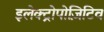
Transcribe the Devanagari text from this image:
इलेक्ट्रोपोज़िटिव